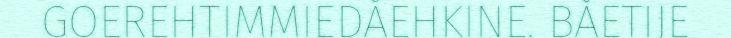
GOEREHTIMMIEDÅEHKINE. BÅETIJE